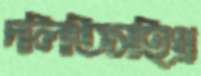
দলিতিসহিথ্র